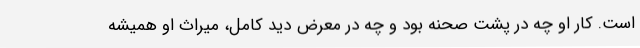
است. کار او چه در پشت صحنه بود و چه در معرض دید کامل، میراث او همیشه